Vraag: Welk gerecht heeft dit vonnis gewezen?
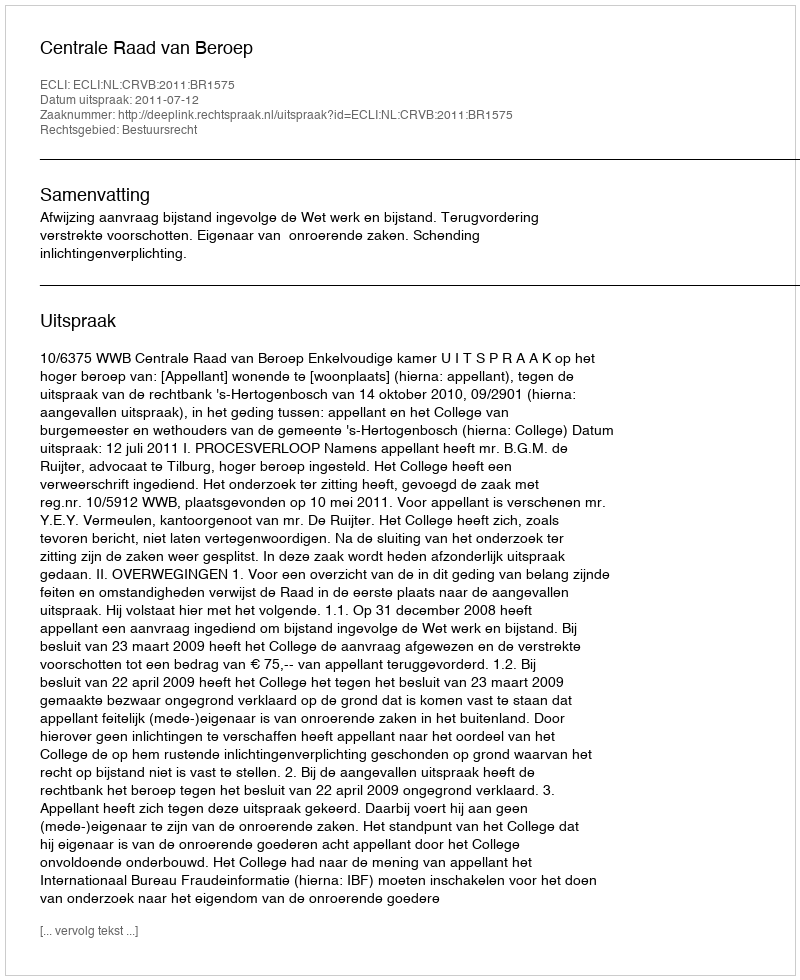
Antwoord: Centrale Raad van Beroep